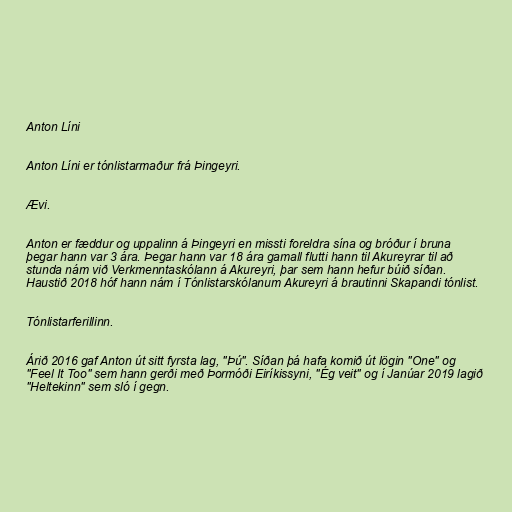
Anton Líni

Anton Líni er tónlistarmaður frá Þingeyri.

Ævi.

Anton er fæddur og uppalinn á Þingeyri en missti foreldra sína og bróður í bruna
þegar hann var 3 ára. Þegar hann var 18 ára gamall flutti hann til Akureyrar til að
stunda nám við Verkmenntaskólann á Akureyri, þar sem hann hefur búið síðan.
Haustið 2018 hóf hann nám í Tónlistarskólanum Akureyri á brautinni Skapandi tónlist.

Tónlistarferillinn.

Árið 2016 gaf Anton út sitt fyrsta lag, "Þú". Síðan þá hafa komið út lögin "One" og
"Feel It Too" sem hann gerði með Þormóði Eiríkissyni, "Ég veit" og í Janúar 2019 lagið
"Heltekinn" sem sló í gegn.